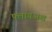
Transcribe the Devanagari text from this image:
फ्लायअश